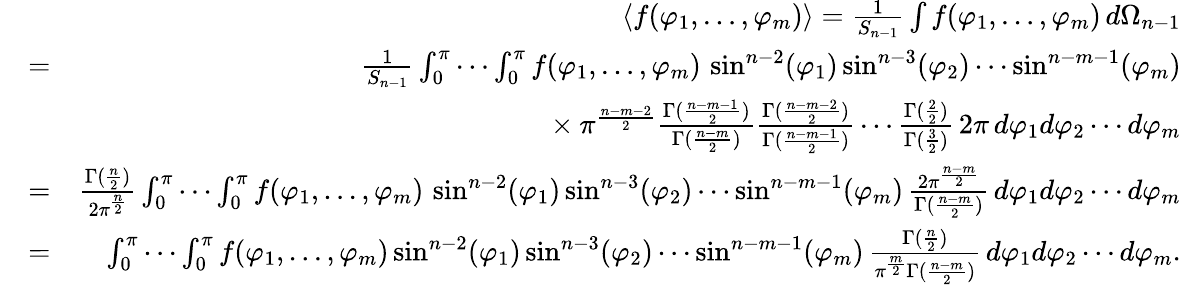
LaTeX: \begin{array}{rlr}{\! \! \! }&{}&{\langle f(\varphi_{1},\ldots,\varphi_{m})\rangle=\frac{1}{S_{n-1}}\int f(\varphi_{1},\ldots,\varphi_{m})\, d\Omega_{n-1}}\\ &{=}&{\frac{1}{S_{n-1}}\int_{0}^{\pi}\cdots\int_{0}^{\pi}f(\varphi_{1},\ldots,\varphi_{m})\, \sin^{n-2}(\varphi_{1})\sin^{n-3}(\varphi_{2})\cdots\sin^{n-m-1}(\varphi_{m})}\\ &{}&{\phantom{\frac{1}{S_{n-1}}\int_{0}^{\pi}\cdots\int_{0}^{\pi}}\times\pi^{\frac{n-m-2}{2}}\frac{\Gamma(\frac{n-m-1}{2})}{\Gamma(\frac{n-m}{2})}\frac{\Gamma(\frac{n-m-2}{2})}{\Gamma(\frac{n-m-1}{2})}\cdots\frac{\Gamma(\frac{2}{2})}{\Gamma(\frac{3}{2})}\, 2\pi\, d\varphi_{1}d\varphi_{2}\cdots d\varphi_{m}}\\ &{=}&{\frac{\Gamma(\frac{n}{2})}{2\pi^{\frac{n}{2}}}\int_{0}^{\pi}\cdots\int_{0}^{\pi}f(\varphi_{1},\ldots,\varphi_{m})\, \sin^{n-2}(\varphi_{1})\sin^{n-3}(\varphi_{2})\cdots\sin^{n-m-1}(\varphi_{m})\, \frac{2\pi^{\frac{n-m}{2}}}{\Gamma(\frac{n-m}{2})}\, d\varphi_{1}d\varphi_{2}\cdots d\varphi_{m}}\\ &{=}&{\int_{0}^{\pi}\cdots\int_{0}^{\pi}f(\varphi_{1},\ldots,\varphi_{m})\sin^{n-2}(\varphi_{1})\sin^{n-3}(\varphi_{2})\cdots\sin^{n-m-1}(\varphi_{m})\, \frac{\Gamma(\frac{n}{2})}{\pi^{\frac{m}{2}}\Gamma(\frac{n-m}{2})}\, d\varphi_{1}d\varphi_{2}\cdots d\varphi_{m}.}\end{array}